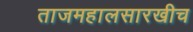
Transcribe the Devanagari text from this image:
ताजमहालसारखीच